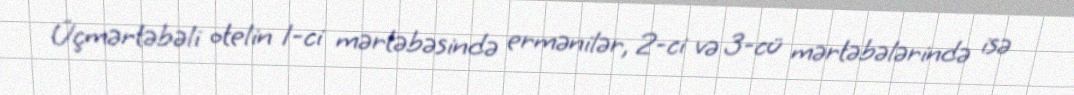
Üçmərtəbəli otelin 1-ci mərtəbəsində ermənilər, 2-ci və 3-cü mərtəbələrində isə